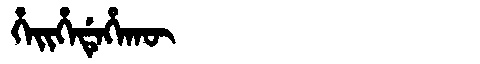
Manchu: ᡥᡝᡳᡥᡝᡩᡝᡥᠠᡴᡡ
Romanization: HEIHEDEHAKŪ